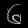
Digit: ၆